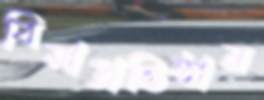
বিমাপ্রতিষ্ঠান